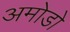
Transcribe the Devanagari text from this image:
अमोडो